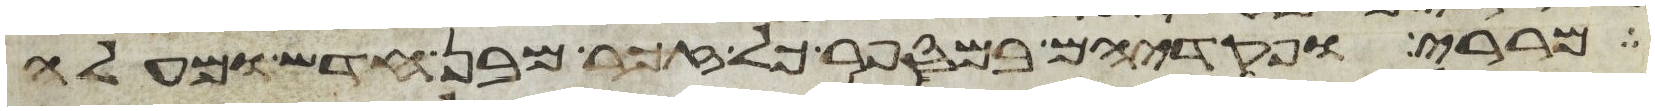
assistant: מררי ופקדיהם במספר כל זכר מבן חדש ומעלה